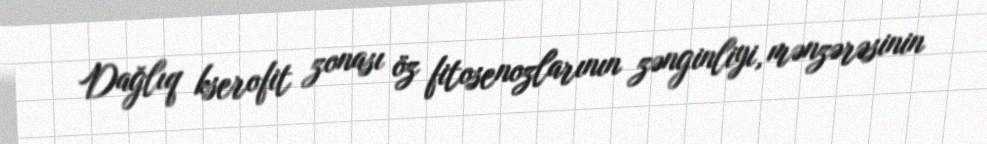
Dağlıq kserofit zonası öz fitosenozlarının zənginliyi, mənzərəsinin